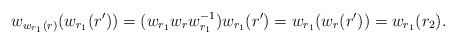
\begin{align*} w_{w_{r_1}(r)}(w_{r_1}(r'))= (w_{r_1} w_r w_{r_1}^{-1}) w_{r_1}(r') = w_{r_1}(w_r(r')) = w_{r_1}(r_2). \end{align*}